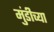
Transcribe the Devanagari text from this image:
मुंडीच्या